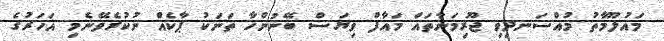
މައުލޫމާތު މުއްސަނދިވި ޖޫރިމަނާތައް މައާފް ވިޔަސް ބޭނުންހާ ތަނަކު ޕާކެއް ނުކުރެވޭނެމި އަހަރުގެ